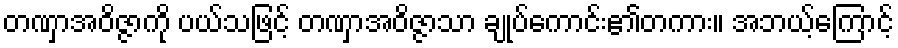
တဏှာအဝိဇ္ဇာကို ပယ်သဖြင့် တဏှာအဝိဇ္ဇာသာ ချုပ်ကောင်း၏တကား။ အဘယ့်ကြောင့်